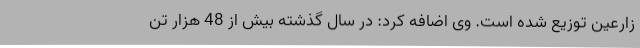
زارعین توزیع شده است. وی اضافه کرد: در سال گذشته بیش از 48 هزار تن